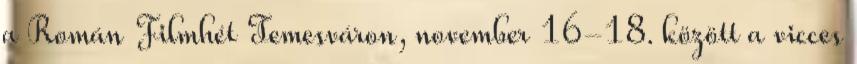
a Román Filmhét Temesváron, november 16-18. között a vicces